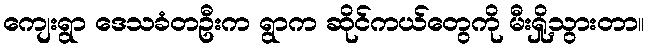
ကျေးရွာ ဒေသခံတဦးက ရွာက ဆိုင်ကယ်တွေကို မီးရှို့သွားတာ။